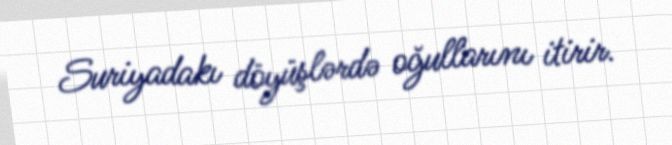
Suriyadakı döyüşlərdə oğullarını itirir.